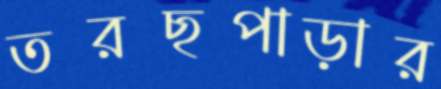
তরছপাড়ার